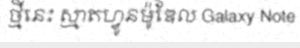
ថ្មីនេះ ស្មាតហ្វូនម៉ូឌែល Galaxy Note